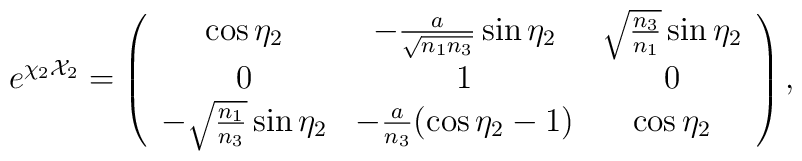
e^{\chi_2 {\cal X}_2} = \left( \begin{array}{ccc}                               \cos{\eta_2}                        & -\frac{a}{\sqrt{n_1 n_3}}\sin{\eta_2}  & \sqrt{\frac{n_3}{n_1}}\sin{\eta_2} \\                                0                                  & 1                                       & 0 \\                               -\sqrt{\frac{n_1}{n_3}}\sin{\eta_2} & -\frac{a}{n_3}(\cos{\eta_2}-1)         & \cos{\eta_2}                                \end{array} \right),